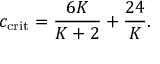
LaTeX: c _ { \mathrm { c r i t } } = { \frac { 6 K } { K + 2 } } + { \frac { 2 4 } { K } } .